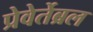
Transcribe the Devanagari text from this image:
प्रेवेर्तेब्रल